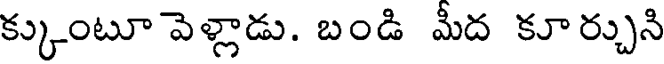
క్కుంటూ వెళ్లాడు. బండి మీద కూర్చుని